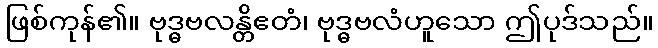
ဖြစ်ကုန်၏။ ဗုဒ္ဓဗလန္တိဧတံ၊ ဗုဒ္ဓဗလံဟူသော ဤပုဒ်သည်။